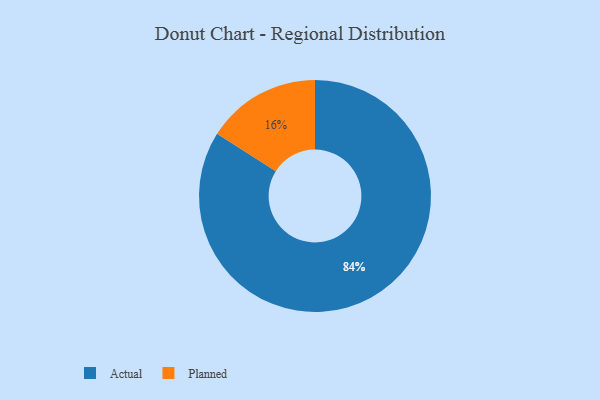
{"axis": {"x": "Category", "y": "Percentage"}, "legend": ["Actual", "Planned"], "data": [{"x": "Actual", "y": 84, "type": "Actual"}, {"x": "Planned", "y": 16, "type": "Planned"}]}